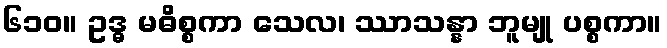
၆၁၀။ ဥဒ္ဓ မဓိစ္စကာ သေလ၊ ဿာသန္နာ ဘူမျု ပစ္စကာ။